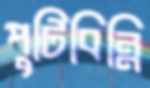
পুটিবিন্নি